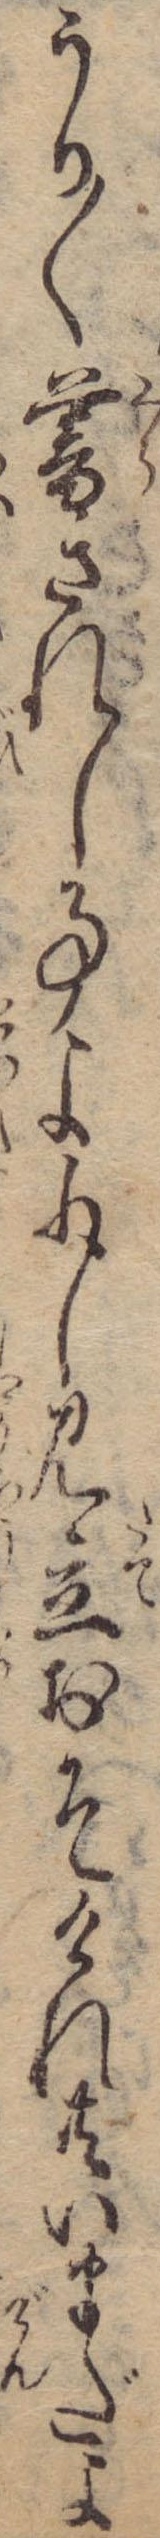
うか〱暮されし事よ少し見立おそけれ共いまだよ